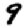
Digit: 9